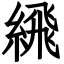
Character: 𦂹